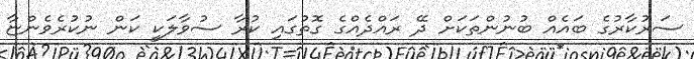
ސަރުކާރުގެ ބައެއް ބުނުންތަކަށް ދޭ ރައްދެއްގެ ގޮތުގައި ކުރާ ސުވާލަކީ ކަން ނުކުރެވެންޏާ